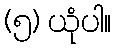
(၅) ယုံပါ။